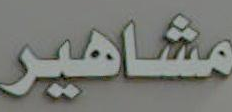
مشاهير